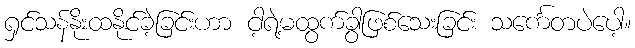
ရှင်သန်နိုးထနိုင်ခဲ့ခြင်းဟာ ငါ့ရဲ့မထွက်ခွာဖြစ်သေးခြင်း သင်္ကေတပဲပေါ့။